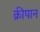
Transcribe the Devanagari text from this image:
क्रीपान